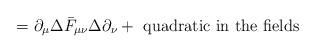
LaTeX: \begin{align*}=\partial_\mu\Delta\bar{F}_{\mu\nu}\Delta\partial_\nu+\textrm{ quadratic in the fields}\end{align*}